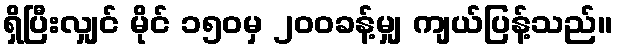
ရှိပြီးလျှင် မိုင် ၁၅၀မှ ၂၀၀ခန့်မျှ ကျယ်ပြန့်သည်။